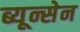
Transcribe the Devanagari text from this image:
ब्यून्सेन